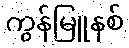
ကွန်မြူနစ်